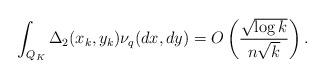
LaTeX: \begin{align*} \int _{Q_K} \Delta_2(x_k, y_k) \nu_q(dx, dy) = O \left( \frac{\sqrt{\log k}}{n \sqrt{k}} \right).\end{align*}